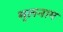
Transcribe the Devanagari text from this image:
मूलनाम